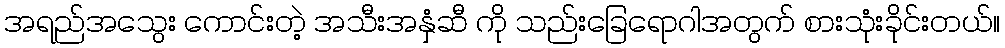
အရည်အသွေး ကောင်းတဲ့ အသီးအနှံဆီ ကို သည်းခြေရောဂါအတွက် စားသုံးခိုင်းတယ်။